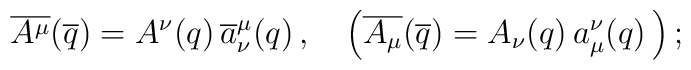
\overline{A^{\mu}}(\overline{q})=A^{\nu}(q)\,\overline{a}^{\mu}_{\nu}(q)\,, \quad\left(\overline{A_{\mu}}(\overline{q})=A_{\nu}(q)\,{a}_{\mu}^{\nu}(q)\, \right);